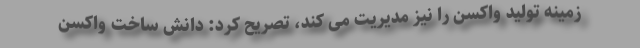
زمینه تولید واکسن را نیز مدیریت می کند، تصریح کرد: دانش ساخت واکسن